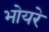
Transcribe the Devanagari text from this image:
भोयरे